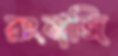
রংবাজি